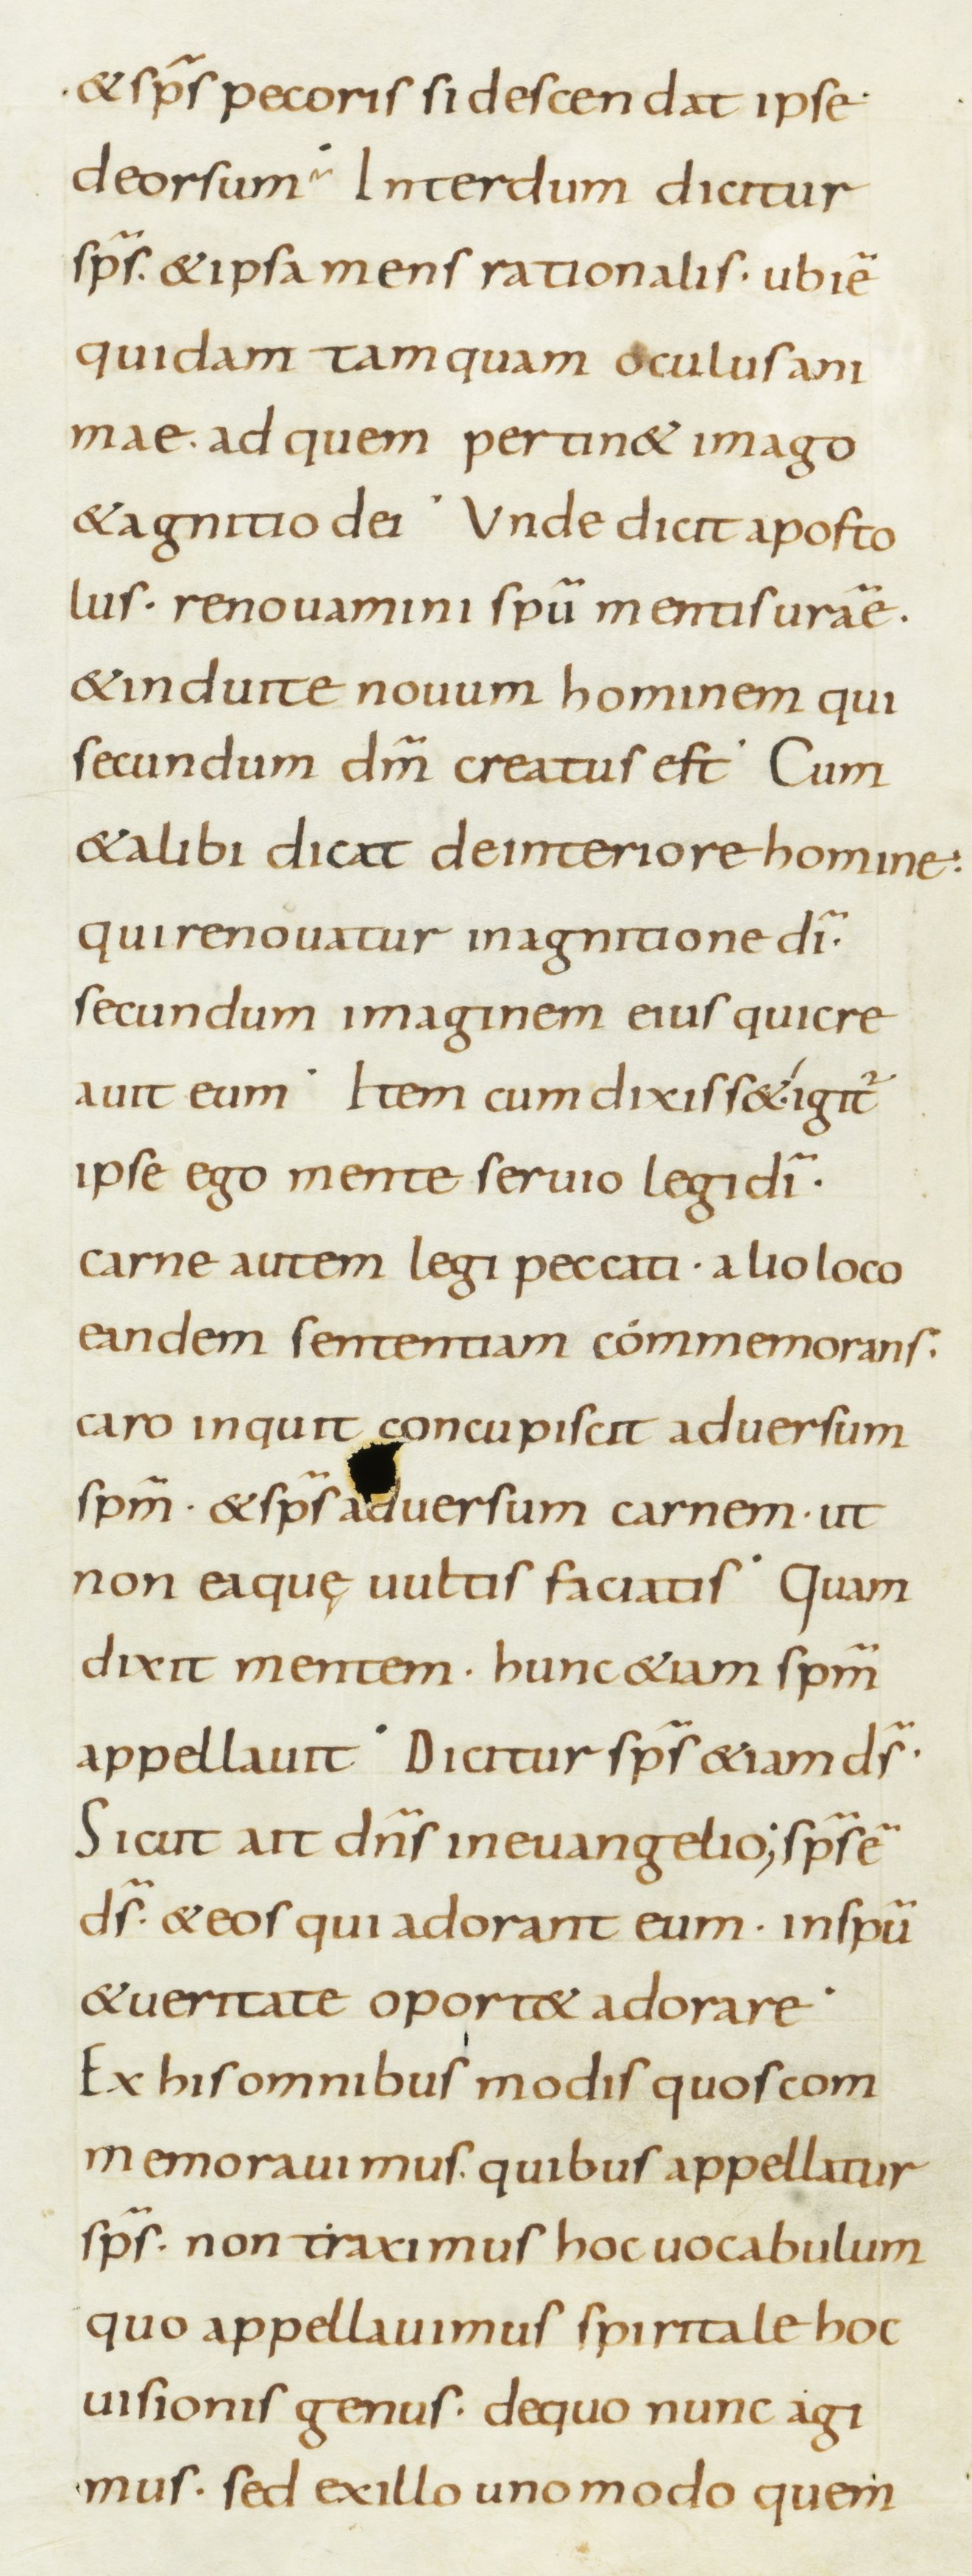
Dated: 800–899